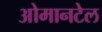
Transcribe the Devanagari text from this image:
ओमानटेल